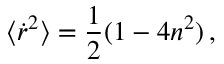
\langle { \dot { r } } ^ { 2 } \rangle = \frac { 1 } { 2 } ( 1 - 4 n ^ { 2 } ) \, ,